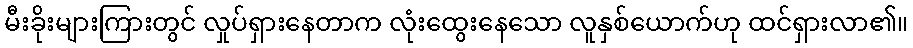
မီးခိုးများကြားတွင် လှုပ်ရှားနေတာက လုံးထွေးနေသော လူနှစ်ယောက်ဟု ထင်ရှားလာ၏။